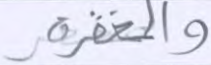
والمغفرة